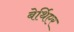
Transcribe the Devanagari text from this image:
बेर्थिएर